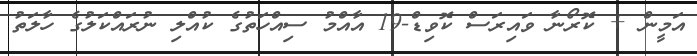
އަމީން + ކޮރޯނާ ވައިރަސް ކޮވިޑް-19 އާއްމު ސިއްހަތުގެ ކުއްލި ނުރައްކަލުގެ ހާލަތު